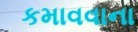
કમાવવાના